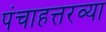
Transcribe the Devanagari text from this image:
पंचाहत्तरव्या